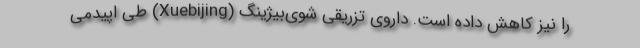
را نیز کاهش داده است. داروی تزریقی شوی‌بیژینگ (Xuebijing) طی اپیدمی